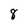
Character: 8